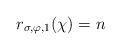
LaTeX: \begin{align*} r_{\sigma,\varphi,1}(\chi)=n \end{align*}